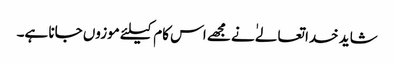
شاید خدا تعالےٰ نے مجھے اس کام کیلئے موزوں جانا ہے۔